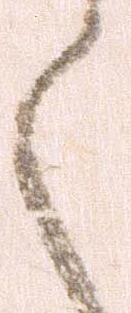
く